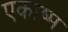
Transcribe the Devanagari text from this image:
एकाष्म